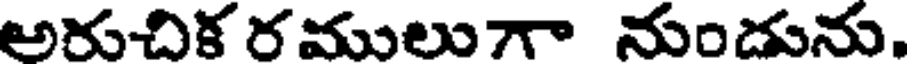
అరుచిక రములుగా నుండును.